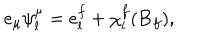
LaTeX: e _ { \mu } \psi _ { l } ^ { \mu } = e _ { l } ^ { f } + \chi _ { l } ^ { f } ( { \bf B } _ { f } ) ,